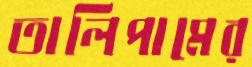
তালিপামের